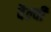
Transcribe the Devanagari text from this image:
वैल्वी